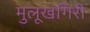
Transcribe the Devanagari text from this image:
मुलूखगिरी